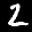
Label: 2